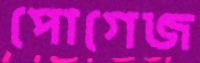
পোগেজ